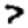
Digit: 7